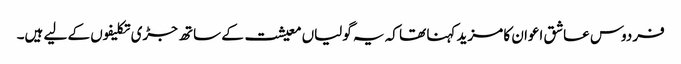
فردوس عاشق اعوان کا مزید کہنا تھا کہ یہ گولیاں معیشت کے ساتھ جڑی تکلیفوں کے لیے ہیں۔